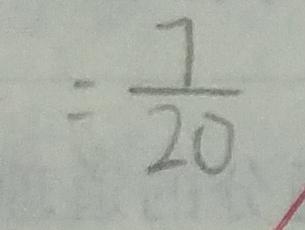
= \frac { 7 } { 2 0 }